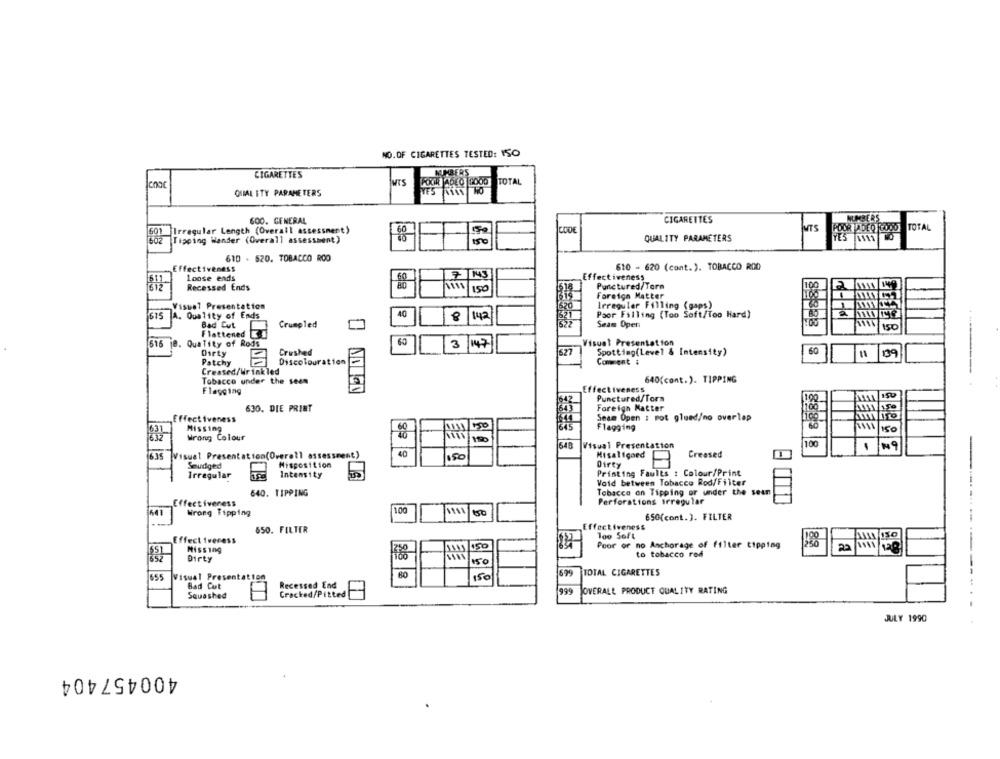
NO. OF CIGARETTES TESTED: 150
CIGARETTES
NUMBERS
MTS
POUR ADEO GOOD TOTAL
choc
QUAL ITY PARAMETERS
GOO. GENERAL
CIGARETTES
NUMBERS
MTS
POOR IDED GOOD TOTAL
601 |Irregular Length (Overall assessment)
60
CODE
Tipping Wander (Overall assessment)
150
QUALITY PARAMETERS
YES 1111 NO
610 - 520. TOBACCO ROO
Effectiveness
610 - 620 (cont.). TOBACCO ROD
Loose ends
7 143
Effectiveness
Recessed Ends
Punctured/Tora
100
Foreign Matter
Visual Presentation
Irregular Filling (gaps)
A. Quality of Ends
40
8
142
Poor Filling (Too Soft/Too Hard)
Bad Cut
Crumpled
1552
Seam Open
Flattened KI
Quality of Rods
60
isual Presentation
616 8.
3
147
Dirty
Crushed
627
Spotting(Level & Intensity)
109
Patchy
Discolouration
Comment :
Creased/Wrinkled
640(cont.). TIPPING
Tobacco under the Seem
Flagging
Effectiveness
542
Punctured/Torn
630. DIE PRINT
Foreign Matter
Effectiveness
Seam Open : mot glued/no overlap
Missing
60
150
Flagging
Wrong Colour
10
648
Visual Presentation
100
635 Visual Presentation(Overell assessment)
150
Misaligned
Creased
Seudged
Misposition
Dirty
Irregular
Intensity
Printing Faults : Colour/Print
Void between Tobacco Rod/Filter
640. TIPPING
Tobacco on Tipping or under the sean
Effectiveness
Perforations irregular
100
643
Wrong Tipping
1111
150
650(cont.). FILTER
650. FILTER
Effectiveness
Effectiveness
loo Soft
Poor or no Anchorage of filter tipping
198
Missing
to tobacco rod
Dirty
150
Eis 1
655
Visual Presentation
150
1699
TOTAL CIGARETTES
Bad Cut
Recessed End
999
OVERALL PRODUCT QUALITY RATING
Squashed
Cracked/Pitted
------------
JULY 1990
400457404